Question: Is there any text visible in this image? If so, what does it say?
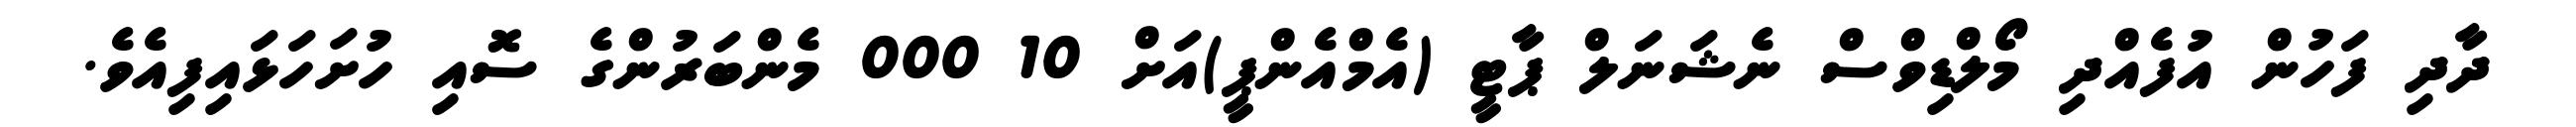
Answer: ދާދި ފަހުން އުފެއްދި މޯލްޑިވްސް ނެޝަނަލް ޕާޓީ (އެމްއެންޕީ)އަށް 10 000 މެންބަރުންގެ ސޮއި ހުށަހަޅައިފިއެވެ.